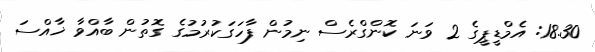
18.30: އެމްޑީޕީގެ 2 ވަނަ ކޮންގްރެސް ނިމުން ފާހަގަކުރުމުގެ ގޮތުން ބާއްވާ ޚާއްސަ